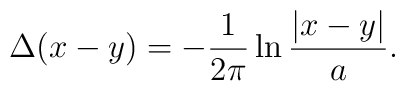
\Delta(x - y) = -\frac{1}{2\pi}\ln\frac{|x - y|}{a}.